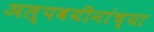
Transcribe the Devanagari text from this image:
अल्पवयीनांच्या